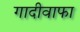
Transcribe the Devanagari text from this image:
गादीवाफा